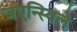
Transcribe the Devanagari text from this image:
जएन्स्विले